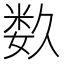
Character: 𥹰